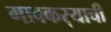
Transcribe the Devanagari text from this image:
गावकर्‍याची